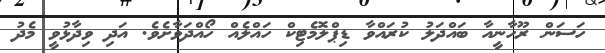
ހަސަން ރޫހާނީއާ ބައްދަލު ކުރައްވާ ޑިޕްލޮމެޓިކް ހައްލެއް ހޯއްދަވާށެވެ. އަދި ވިދާޅުވީ މެދު